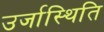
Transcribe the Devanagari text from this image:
उर्जास्थिति